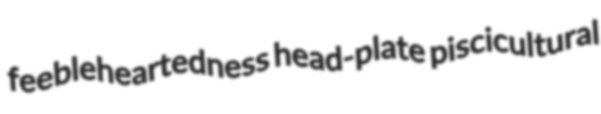
feebleheartedness head-plate piscicultural